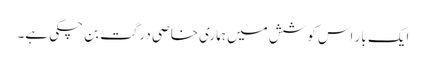
ایک بار اس کوشش میں ہماری خاصی درگت بن چکی ہے۔